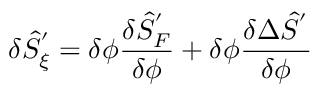
\delta { \hat { S } } _ { \xi } ^ { ' } = \delta \phi \frac { \delta { \hat { S } } _ { F } ^ { ' } } { \delta \phi } + \delta \phi \frac { \delta \Delta { \hat { S } } ^ { ' } } { \delta \phi }